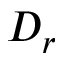
D _ { r }